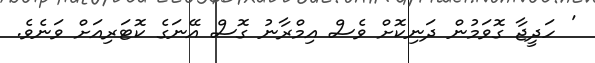
' ހަދީޖާ ގޮވަމުން ދަނިކޮށް ވެސް އިމްރާނު ގޮސް އޭނަގެ ކޮޓަރިއަށް ވަނެވެ.